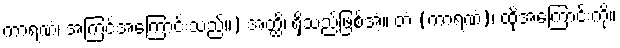
ကာရဏံ၊ အကြင်အကြောင်းသည်။) အတ္ထိ၊ ရှိသည်ဖြစ်အံ့။ တံ (ကာရဏံ)၊ ထိုအကြောင်းကို။